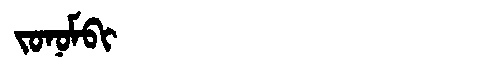
Manchu: ᠵᠣᠨᠣᠮᠪᡳ
Romanization: JONOMBI